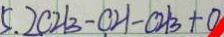
5 . 2 c 2 B - c H - C H _ { 3 } + 0